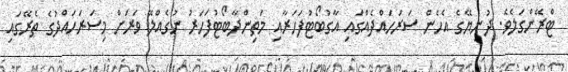
ޓްރޭންގަލެވެ. ދުނިޔޭގެ އެހެން ސަރަހައްދެއްގައި އާގުބޯޓުފަހަރާއި މަތިންދާބޯޓުފަހަރު ނުގެއްލޭ ވަރަށް މިސަރަހައްދުގެ ތެރޭގައި